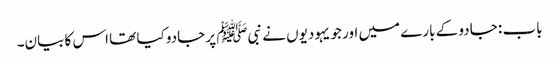
باب : جادو کے بارے میں اور جو یہودیوں نے نبیﷺ پر جادو کیا تھا اس کا بیان۔